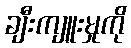
ချီးကျူးမှုကို